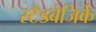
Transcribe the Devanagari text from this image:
स्टैडबेजिर्के